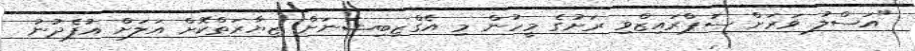
"އަސްލު ވަރަށް ސަޕްރައިޒްވި ރަށުގެ މީހުން މި އެގްޒިބިޝަނަށް ޒިޔާރަތްކޮށް އަލަށް އުފެދުނު